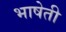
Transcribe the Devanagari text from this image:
भाषेती